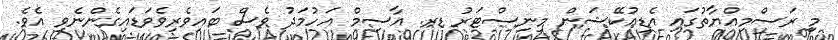
މި ރަސްމިއްޔާތުގައި އެޑިއުކޭޝަން މިނިސްޓަރު ޑރ. އާސިމް އަހުމަދު ވެސް ބައިވެރިވެވަޑައިގެންނެވި އެވެ.